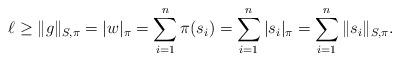
LaTeX: \begin{align*}\ell \ge \|g\|_{S,\pi}=|w|_\pi=\sum_{i=1}^n\pi(s_i)=\sum_{i=1}^n|s_i|_\pi=\sum_{i=1}^n\|s_i\|_{S,\pi}.\end{align*}